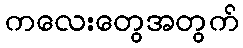
ကလေးတွေအတွက်